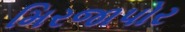
મિરજાપોર